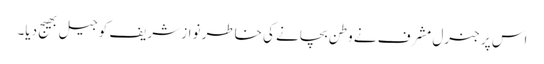
اس پر جنرل مشرف نے وطن بچانے کی خاطر نواز شریف کو جیل بھیج دیا۔